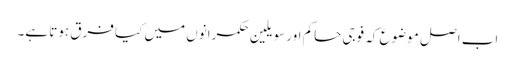
اب اصل موضوع کہ فوجی حاکم اور سویلین حکمرانوں میں کیا فرق ہوتا ہے۔